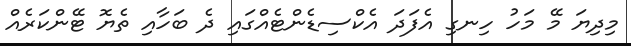
މިދިޔަ މޭ މަހު ހިނގި އެފަދަ އެކްސިޑެންޓެއްގައި ދެ ބަހާއި ތެޔޮ ޓޭންކަރެއް